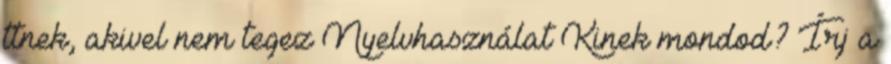
ttnek, akivel nem tegez Nyelvhasználat Kinek mondod? Írj a